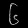
Digit: ၆